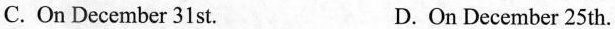
C. On December 31st. D. On December 25th.